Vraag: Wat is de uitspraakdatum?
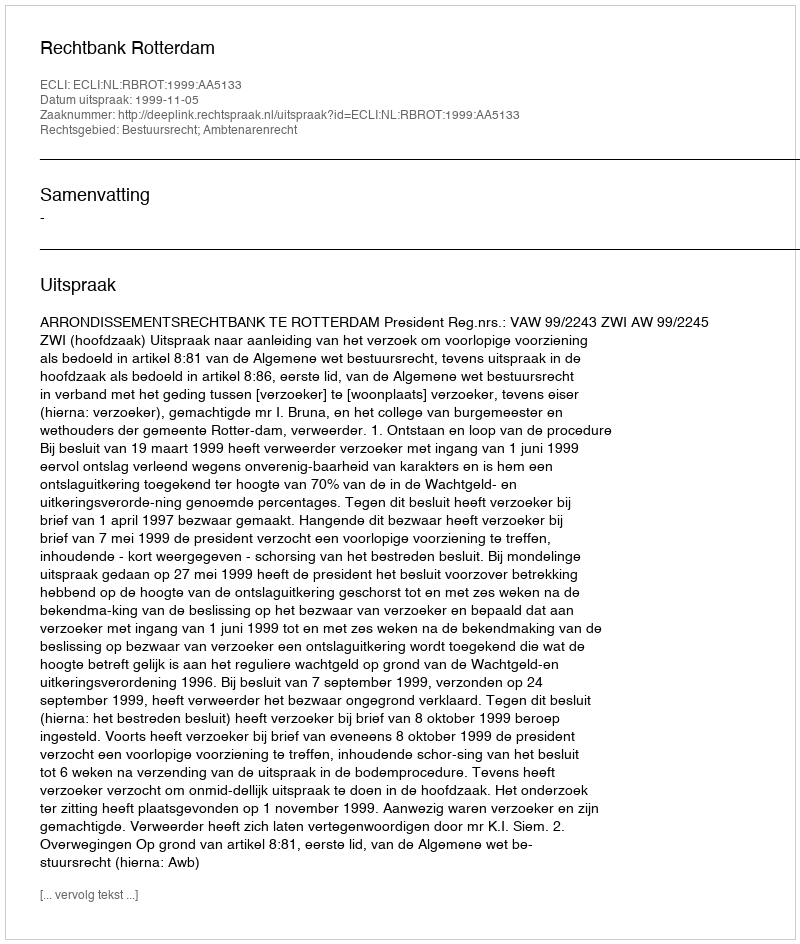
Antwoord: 1999-11-05